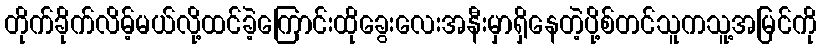
တိုက်ခိုက်လိမ့်မယ်လို့ထင်ခဲ့ကြောင်းထိုခွေးလေးအနီးမှာရှိနေတဲ့ပို့စ်တင်သူကသူ့အမြင်ကို